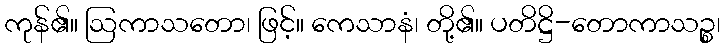
ကုန်၏။ ဩကာသတော၊ ဖြင့်။ ကေသာနံ၊ တို့၏။ ပတိဋ္ဌိ-တောကာသဉ္စ၊